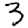
Digit: 3